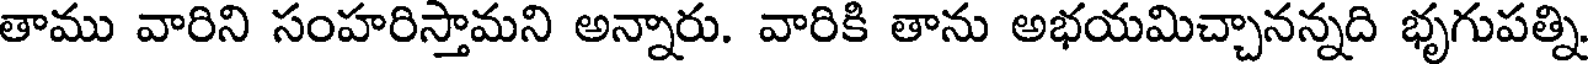
తాము వారిని సంహరిస్తామని అన్నారు. వారికి తాను అభయమిచ్చానన్నది భృగుపత్ని